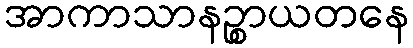
အာကာသာနဉ္စာယတနေ